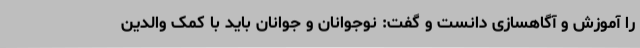
را آموزش و آگاهسازی دانست و گفت: نوجوانان و جوانان باید با کمک والدین